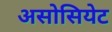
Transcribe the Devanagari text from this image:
असोसियेट